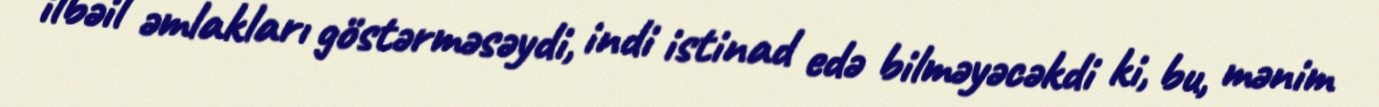
ilbəil əmlakları göstərməsəydi, indi istinad edə bilməyəcəkdi ki, bu, mənim